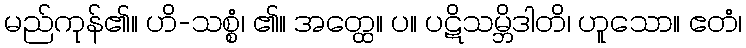
မည်ကုန်၏။ ဟိ-သစ္စံ၊ ၏။ အတ္ထေ။ ပ။ ပဋိသမ္ဘိဒါတိ၊ ဟူသော။ ဧတံ၊